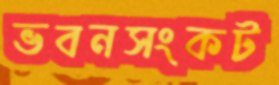
ভবনসংকট